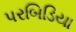
પરબિડિયા